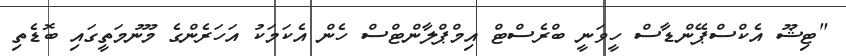
"ޓިޝޫ އެކްސްޕޭންޑާސް ހީވަނީ ބްރެސްޓް އިމްޕްލާންޓްސް ހެން އެކަމަކު އަހަރެންގެ މޫނުމަތީގައި ބޮޑެތި